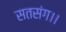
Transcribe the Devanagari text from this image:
सतसंग।।